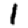
Digit: 1